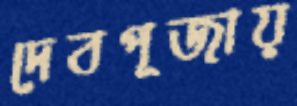
দেবপূজায়